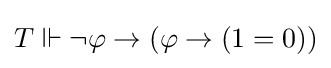
T\Vdash \neg \varphi \rightarrow (\varphi \rightarrow (1=0))